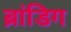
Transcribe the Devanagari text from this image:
ब्रांडिग